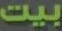
بيت